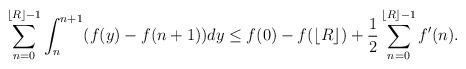
LaTeX: \begin{align*}\sum_{n=0}^{\lfloor R \rfloor-1}\int_{n}^{n+1}(f(y)-f(n+1))dy\le f(0)-f(\lfloor R\rfloor)+\frac12\sum_{n=0}^{\lfloor R \rfloor-1}f'(n).\end{align*}